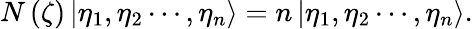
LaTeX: N\left(\zeta\right)\left|\eta_{1},\eta_{2}\cdots,\eta_{n}\right\rangle=n\left|\eta_{1},\eta_{2}\cdots,\eta_{n}\right\rangle.